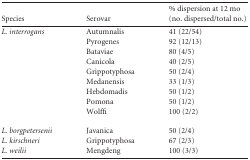
<table><thead><tr><td><b>Species</b></td><td><b>Serovar</b></td><td><b>% dispersion at 12 mo (no. dispersed/total no.)</b></td></tr></thead><tbody><tr><td>L. interrogans</td><td>Autumnalis</td><td>41 (22/54)</td></tr><tr><td></td><td>Pyrogenes</td><td>92 (12/13)</td></tr><tr><td></td><td>Bataviae</td><td>80 (4/5)</td></tr><tr><td></td><td>Canicola</td><td>40 (2/5)</td></tr><tr><td></td><td>Grippotyphosa</td><td>50 (2/4)</td></tr><tr><td></td><td>Medanensis</td><td>33 (1/3)</td></tr><tr><td></td><td>Hebdomadis</td><td>50 (1/2)</td></tr><tr><td></td><td>Pomona</td><td>50 (1/2)</td></tr><tr><td></td><td>Wolffi</td><td>100 (2/2)</td></tr><tr><td>L. borgpetersenii</td><td>Javanica</td><td>50 (2/4)</td></tr><tr><td>L. kirschneri</td><td>Grippotyphosa</td><td>67 (2/3)</td></tr><tr><td>L. weilii</td><td>Mengdeng</td><td>100 (3/3)</td></tr></tbody></table>